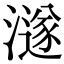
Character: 澻